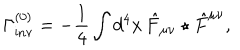
\Gamma _ { \mathrm { i n v } } ^ { ( 0 ) } = - \frac { 1 } { 4 } \int d ^ { 4 } x \, \hat { F } _ { \mu \nu } \star \hat { F } ^ { \mu \nu } ,